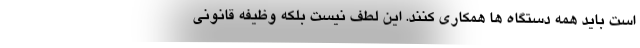
است باید همه دستگاه ها همکاری کنند. این لطف نیست بلکه وظیفه قانونی